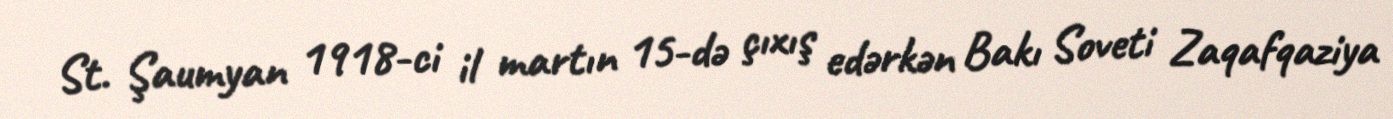
St. Şaumyan 1918-ci il martın 15-də çıxış edərkən Bakı Soveti Zaqafqaziya